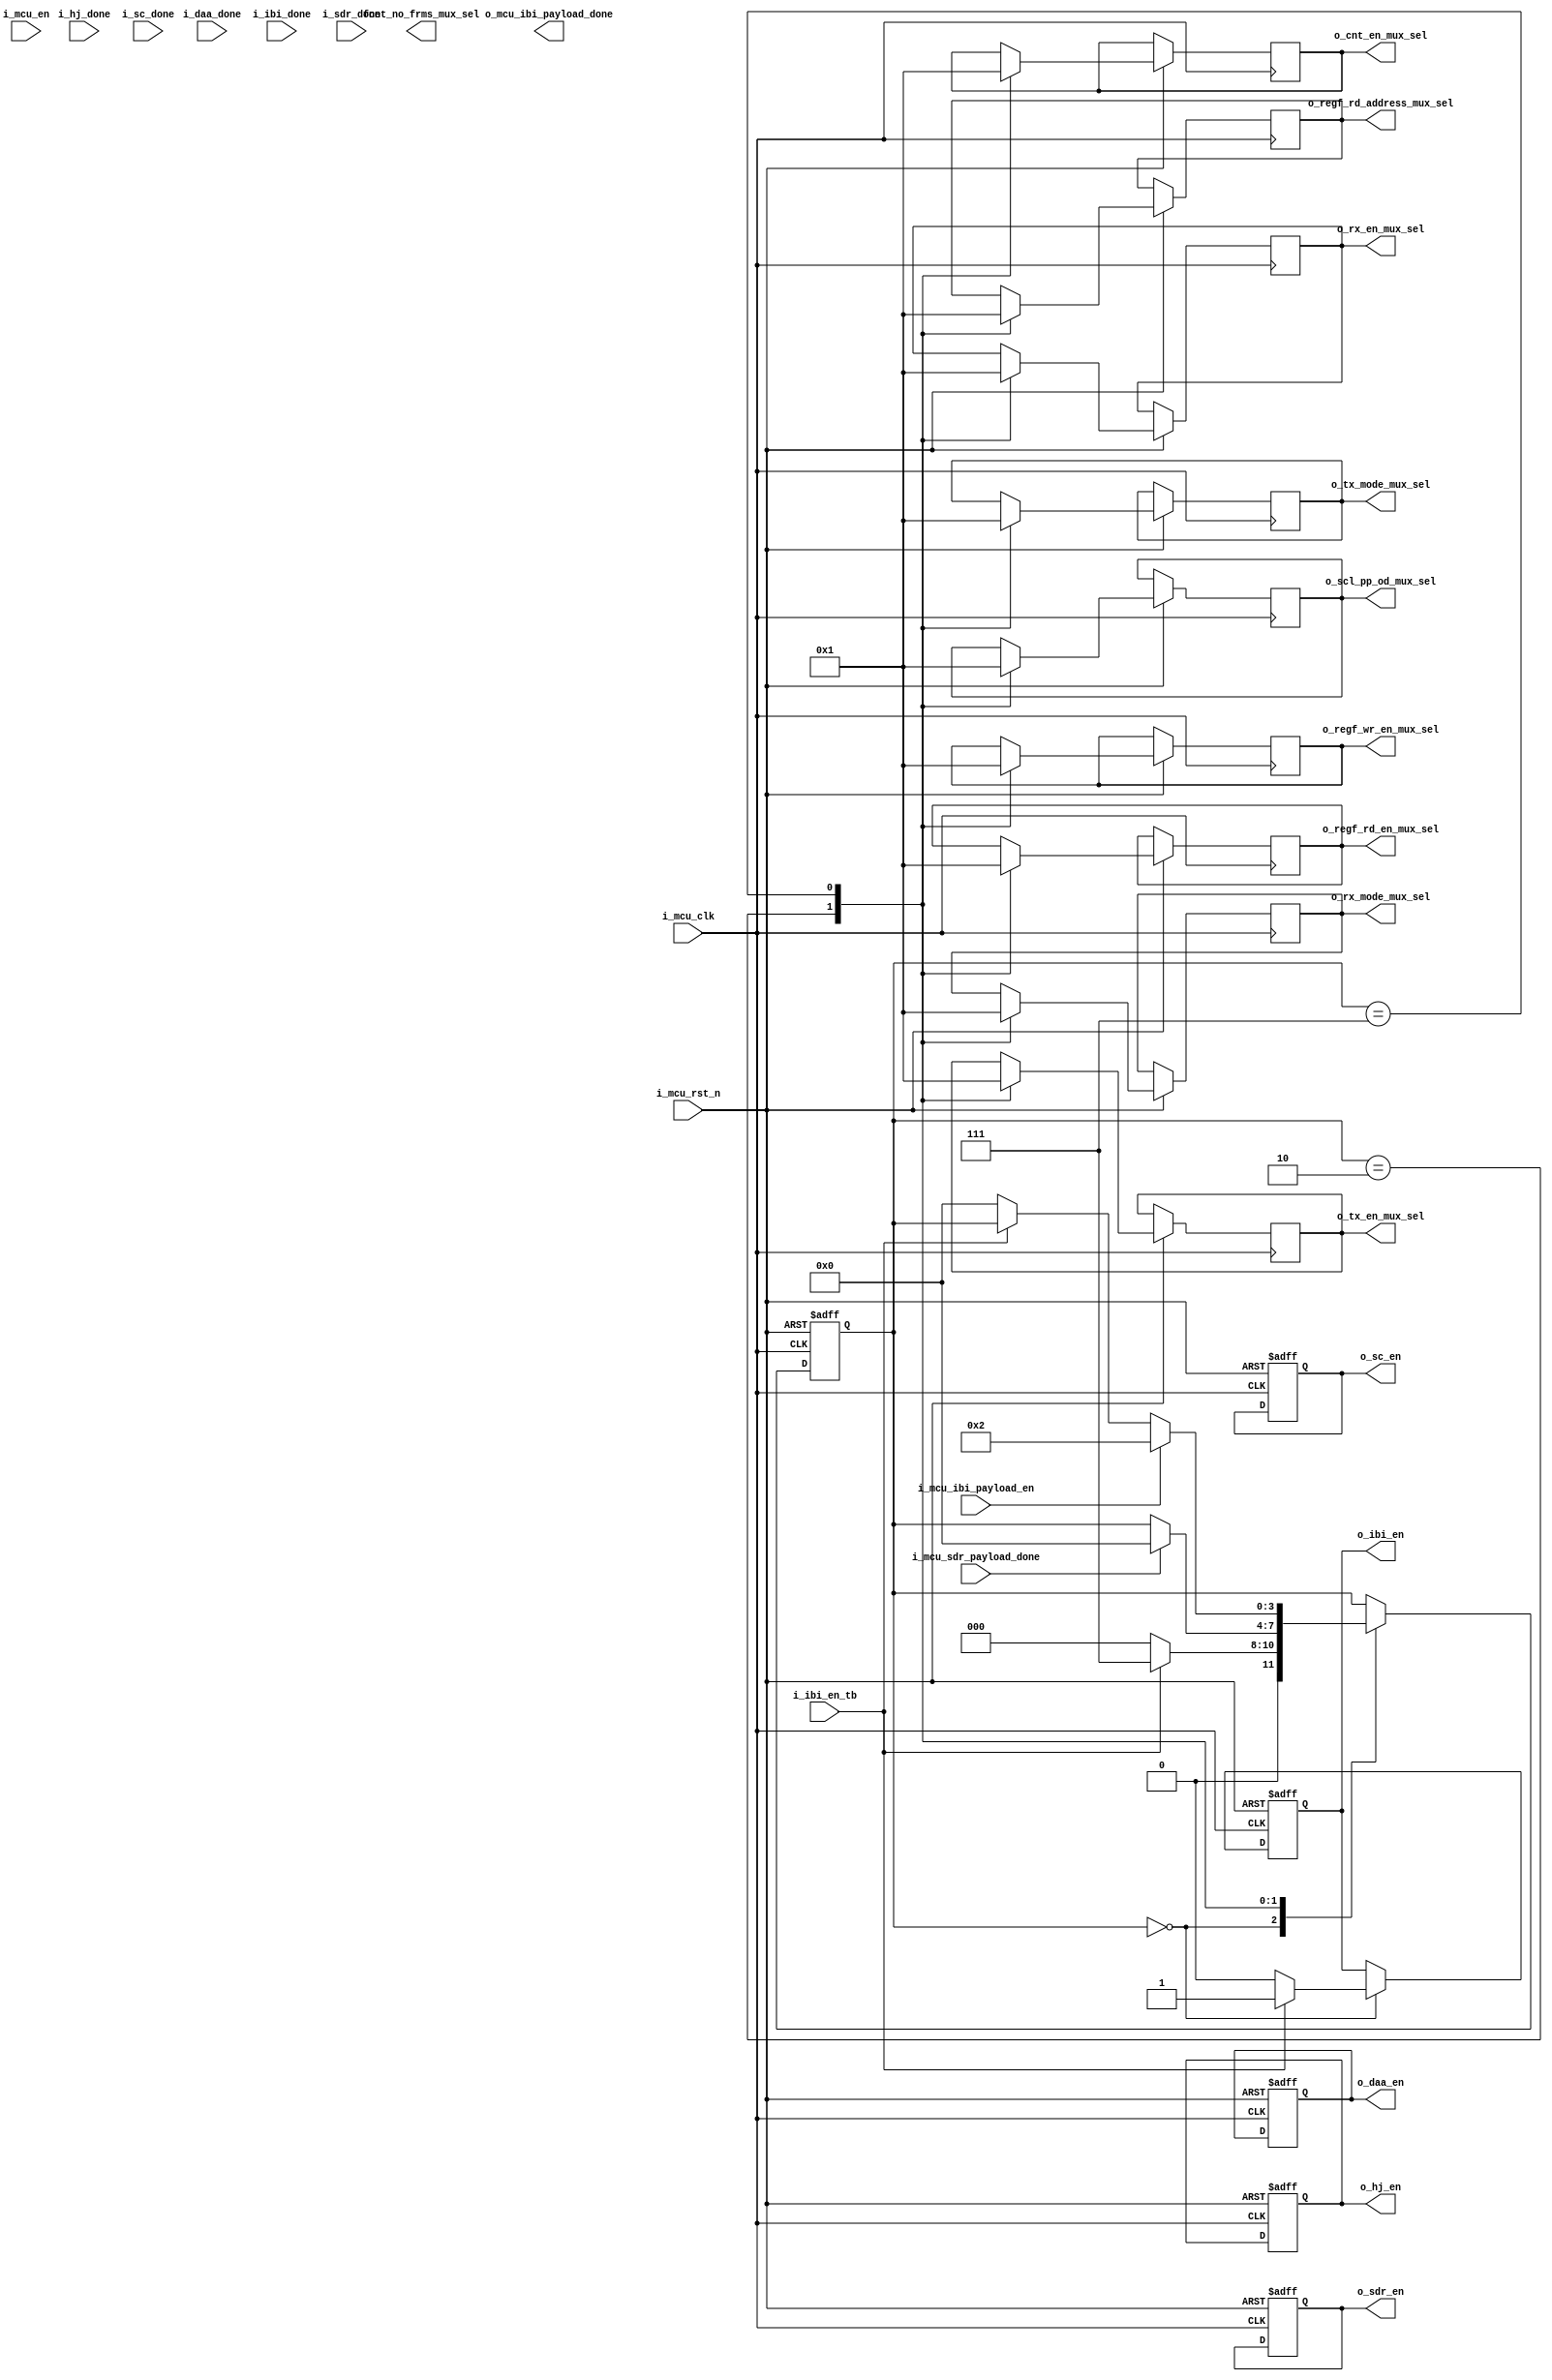
//////////////////////////////////////////////////////////////////////////////////
//==================================================================================
// MIXEL GP 2023 LIBRARY
// Copyright (c) 2023 Mixel, Inc.  All Rights Reserved.
// CONFIDENTIAL AND PROPRIETARY SOFTWARE/DATA OF MIXEL and ASU 2023 GP, INC.
//
// Revision: 
//
// Version : 1.0
// 
// Design Name:  I3C controller
// Module Name:  main_ctrl_unit
//
//==================================================================================
//
//  STATEMENT OF USE
//
//  This information contains confidential and proprietary information of MIXEL.
//  No part of this information may be reproduced, transmitted, transcribed,
//  stored in a retrieval system, or translated into any human or computer
//  language, in any form or by any means, electronic, mechanical, magnetic,
//  optical, chemical, manual, or otherwise, without the prior written permission
//  of MIXEL.  This information was prepared for Garduation Project purpose and is for
//  use by MIXEL Engineers only.  MIXEL and ASU 2023 GP reserves the right 
//  to make changes in the information at any time and without notice.
//
//==================================================================================
////////////////////////////////////////////////////////////////////////////////////

`default_nettype none

module main_ctrl_unit (
input  	wire          i_mcu_clk                ,
input  	wire          i_mcu_rst_n              ,
input  	wire          i_mcu_en                 ,
input  	wire          i_daa_done               ,
input  	wire          i_ibi_done               ,
input  	wire          i_ibi_en_tb              , //for testing to be removed 
input  	wire          i_hj_done                ,
input  	wire          i_sc_done                ,
input  	wire          i_sdr_done               ,
input   wire       i_mcu_ibi_payload_en        ,
input   wire       i_mcu_sdr_payload_done      , 


output   reg       o_mcu_ibi_payload_done      ,
output  reg           o_daa_en                 ,
output  reg           o_ibi_en                 ,
output  reg           o_hj_en                  ,
output  reg           o_sc_en                  ,
output  reg           o_sdr_en                 ,
output  reg   [2:0]   o_regf_rd_en_mux_sel           ,
output  reg   [2:0]   o_regf_wr_en_mux_sel           ,
output  reg   [2:0]   o_regf_rd_address_mux_sel      ,
output  reg   [2:0]   o_scl_pp_od_mux_sel            ,
output  reg   [2:0]   o_rx_en_mux_sel                ,
output  reg   [2:0]   o_tx_en_mux_sel                ,
output  reg   [2:0]   o_tx_mode_mux_sel              ,
output  reg   [2:0]   o_rx_mode_mux_sel              ,
output  reg   [2:0]   o_cnt_en_mux_sel               ,
output  reg   [2:0]   fcnt_no_frms_mux_sel
);


//-------------------------------- states encoding in gray ----------------------------------------------

localparam IDLE     	       = 4'b0000 ; 
localparam DAA    		       = 4'b0001 ;
localparam HOT_JOIN            = 4'b0011 ;
localparam SDR_MODE     	   = 4'b0010 ;
localparam SEC_CONTROLLER      = 4'b0110 ;
localparam IBI                 = 4'b0111 ;

//--------------------------------- internal wires declaration ------------------------------------------

reg [3:0] state;


//----------------------------------Mux Selection Parameters------------------------------------------//
localparam SDR_SEL = 4'b0000;
localparam IBI_SEL = 4'b0001;
localparam HJ_SEL  = 4'b0010;
localparam DAA_SEL = 4'b0011;
localparam SC_SEL  = 4'b0100;



//--------------------------------- controller main fsm ---------------------------------------------------

always @(posedge i_mcu_clk or negedge i_mcu_rst_n) 
  begin: controller_main_fsm
    
    if (!i_mcu_rst_n) 
    	begin
    	     o_daa_en <= 1'b0;
             o_ibi_en <= 1'b0;
             o_hj_en  <= 1'b0;
             o_sc_en  <= 1'b0;
             o_sdr_en <= 1'b0;
             state <= IDLE; 
             o_ibi_en <= 1'b0;
    	end

    else
    	begin
    		case(state)
    		IDLE:
    		begin
    		if (i_ibi_en_tb)
    		  begin
    		      o_ibi_en <= 1'b1;
    		       state   <= IBI;
    		  end     
    		else   
    		      begin
    		        o_ibi_en <= 1'b0;  
    		        state   <= IDLE;
    		      end
    		end 
    		
    		SDR_MODE: begin
    		              o_regf_rd_en_mux_sel       <= SDR_SEL; 
                          o_regf_wr_en_mux_sel       <= SDR_SEL; 
                          o_regf_rd_address_mux_sel  <= SDR_SEL; 
                          o_scl_pp_od_mux_sel        <= SDR_SEL; 
                          o_rx_en_mux_sel            <= SDR_SEL; 
                          o_tx_en_mux_sel            <= SDR_SEL; 
                          o_tx_mode_mux_sel          <= SDR_SEL; 
                          o_rx_mode_mux_sel          <= SDR_SEL; 
                          o_cnt_en_mux_sel           <= SDR_SEL;
    		            if (i_mcu_sdr_payload_done)
    		              begin
    		                  state   <= IDLE;
    		              end
    		          end
    		
    		IBI:
    		   begin
    		   o_regf_rd_en_mux_sel       <= IBI_SEL;
               o_regf_wr_en_mux_sel       <= IBI_SEL;
               o_regf_rd_address_mux_sel  <= IBI_SEL;
               o_scl_pp_od_mux_sel        <= IBI_SEL;
               o_rx_en_mux_sel            <= IBI_SEL;
               o_tx_en_mux_sel            <= IBI_SEL;
               o_tx_mode_mux_sel          <= IBI_SEL;
               o_rx_mode_mux_sel          <= IBI_SEL;
               o_cnt_en_mux_sel           <= IBI_SEL;
    		   
    		   //for testing to be removed
    		   if (!i_ibi_en_tb)      
    		      begin
    		          state <= IDLE;
    		      end
    		   ////////////////////////////////
    		   
    		    if (i_mcu_ibi_payload_en)      
    		      begin
    		          state <= SDR_MODE;
    		      end
    		               
    		   end 
    		
    		
    		DAA:
    		    		begin
    		end 

    		HOT_JOIN:
    		    		begin
    		end 

    		SEC_CONTROLLER:    		begin
    		end 


        
    	endcase
    	end

  end


endmodule

`default_nettype wire